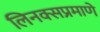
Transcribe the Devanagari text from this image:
लिनक्सप्रमाणे